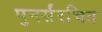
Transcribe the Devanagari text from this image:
पुनर्संरचित